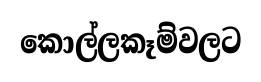
කොල්ලකෑම්වලට